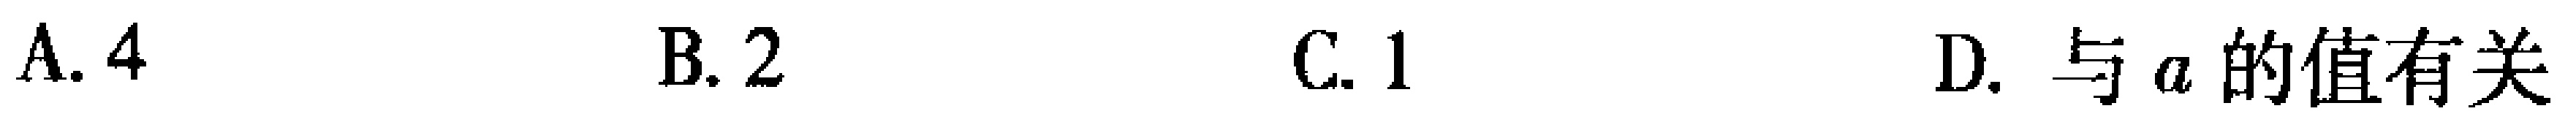
A. 4  \quad B. 2 \quad C. 1 \quad D. 与\(a\)的值有关